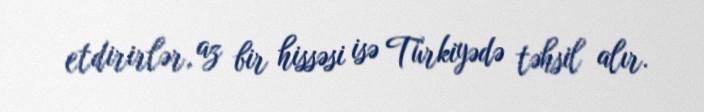
etdirirlər, az bir hissəsi isə Türkiyədə təhsil alır.